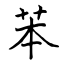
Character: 苯